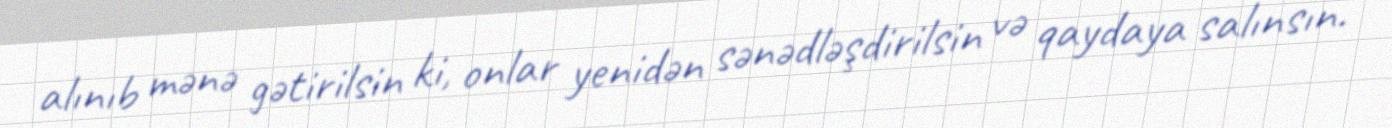
alınıb mənə gətirilsin ki, onlar yenidən sənədləşdirilsin və qaydaya salınsın.